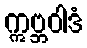
ဣဗ္ဘဝါဒံ